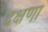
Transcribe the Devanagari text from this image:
दक्षणा